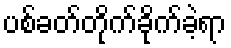
ပစ်ခတ်တိုက်ခိုက်ခဲ့ရာ